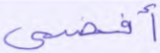
أفضى